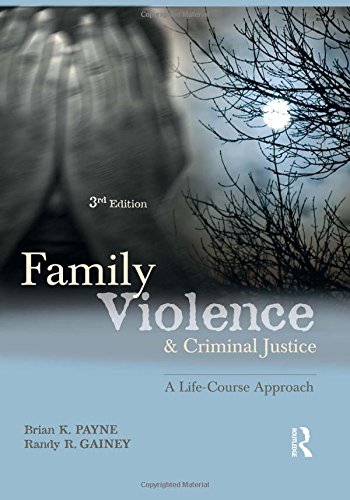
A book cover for Family Violence and Criminal Justice: A Life-Course Approach; Brian P. Payne; Law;